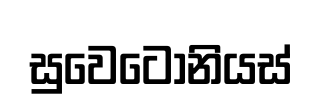
සුවෙටෝනියස්